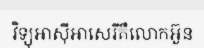
វិទ្យុអាស៊ីអាសេរីគឺលោកអ៊ួន